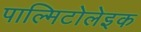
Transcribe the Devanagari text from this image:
पाल्मिटोलेइक